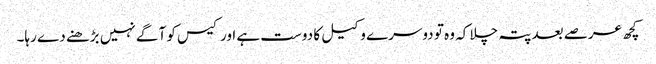
کچھ عرصے بعد پتہ چلا کہ وہ تو دوسرے وکیل کا دوست ہے اور کیس کو آگے نہیں بڑھنے دے رہا۔